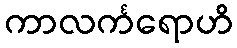
ကာလင်္ကရောဟိ